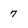
Character: 7